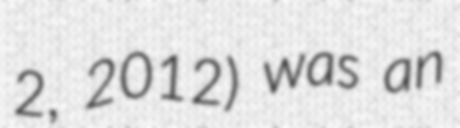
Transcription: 2, 2012) was an